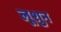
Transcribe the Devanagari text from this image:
लूशुन